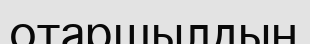
отаршылдың